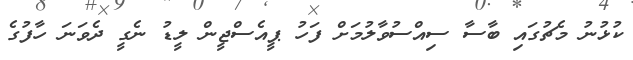
ކުޅުނު މެޗުގައި ބާސާ ސިއްސުވާލުމަށް ފަހު ޕީއެސްޖީން ލީޑު ނެގީ ދެވަނަ ހާފުގެ